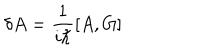
\delta A = \frac { 1 } { i \hbar } \left[ A , G \right]